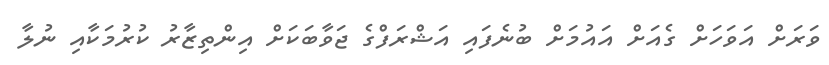
ވަރަށް އަވަހަށް ގެއަށް އައުމަށް ބުނެފައި އަޝްރަފްގެ ޖަވާބަކަށް އިންތިޒާރު ކުރުމަކާއި ނުލާ